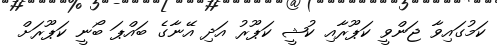
ކަމުގައިވާ ޖަންވީ ކަޕޫރާއި ކުޝީ ކަޕޫރު އަދި އޭނާގެ ބައްޕަ ބޯނީ ކަޕޫރަށް